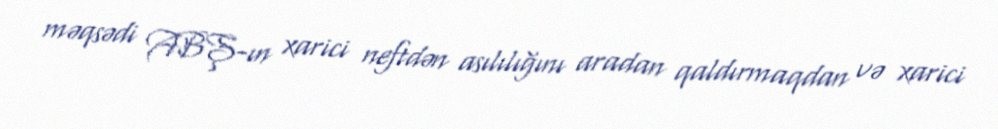
məqsədi ABŞ-ın xarici neftdən asılılığını aradan qaldırmaqdan və xarici